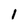
Character: l